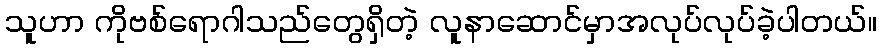
သူဟာ ကိုဗစ်ရောဂါသည်တွေရှိတဲ့ လူနာဆောင်မှာအလုပ်လုပ်ခဲ့ပါတယ်။